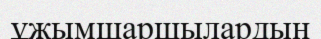
ұжымшаршылардың